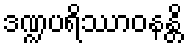
ဒဏ္ဍပရိဿာဝနန္တိ